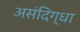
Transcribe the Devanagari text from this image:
असंदिग्धा